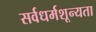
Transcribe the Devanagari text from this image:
सर्वधर्मशून्यता